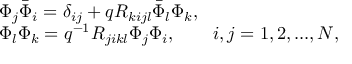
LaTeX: \begin{array} { l } { { \Phi _ { j } \bar { \Phi } _ { i } = \delta _ { i j } + q R _ { k i j l } \bar { \Phi } _ { l } \Phi _ { k } , } } \\ { { \Phi _ { l } \Phi _ { k } = q ^ { - 1 } R _ { j i k l } \Phi _ { j } \Phi _ { i } , \qquad i , j = 1 , 2 , . . . , N , } } \end{array}